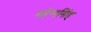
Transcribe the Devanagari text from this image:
महेन्द्रसिंह